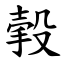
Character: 㨌